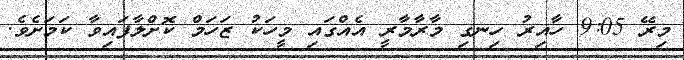
މިރޭ 9:05 ހާއިރު ހިނގި މާރާމާރީ އެއްގައި މީހަކު ޒަހަމް ކޮށްލާފައިވާ ކަމަށެވެ.